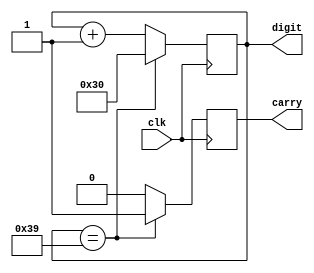
`default_nettype none

module bcdcount #(parameter START = 8'h30, STOP = 8'h39) (
    input wire clk,
    output wire [7:0] digit,
    output reg carry
);

reg [7:0] cnt = START;

always @ (posedge clk)
begin
    carry <= 1'b0;
    if (cnt == STOP)
    begin
        cnt <= START;
        carry <= 1'b1;
    end
    else
    begin
        cnt <= (cnt + 8'd1);
    end
end

assign digit = cnt;

endmodule